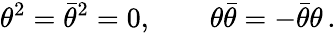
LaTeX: \theta^{2}=\bar{\theta}^{2}=0,\qquad\theta\bar{\theta}=-\bar{\theta}\theta\, .